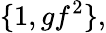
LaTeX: \{ 1,gf^{2}\} ,